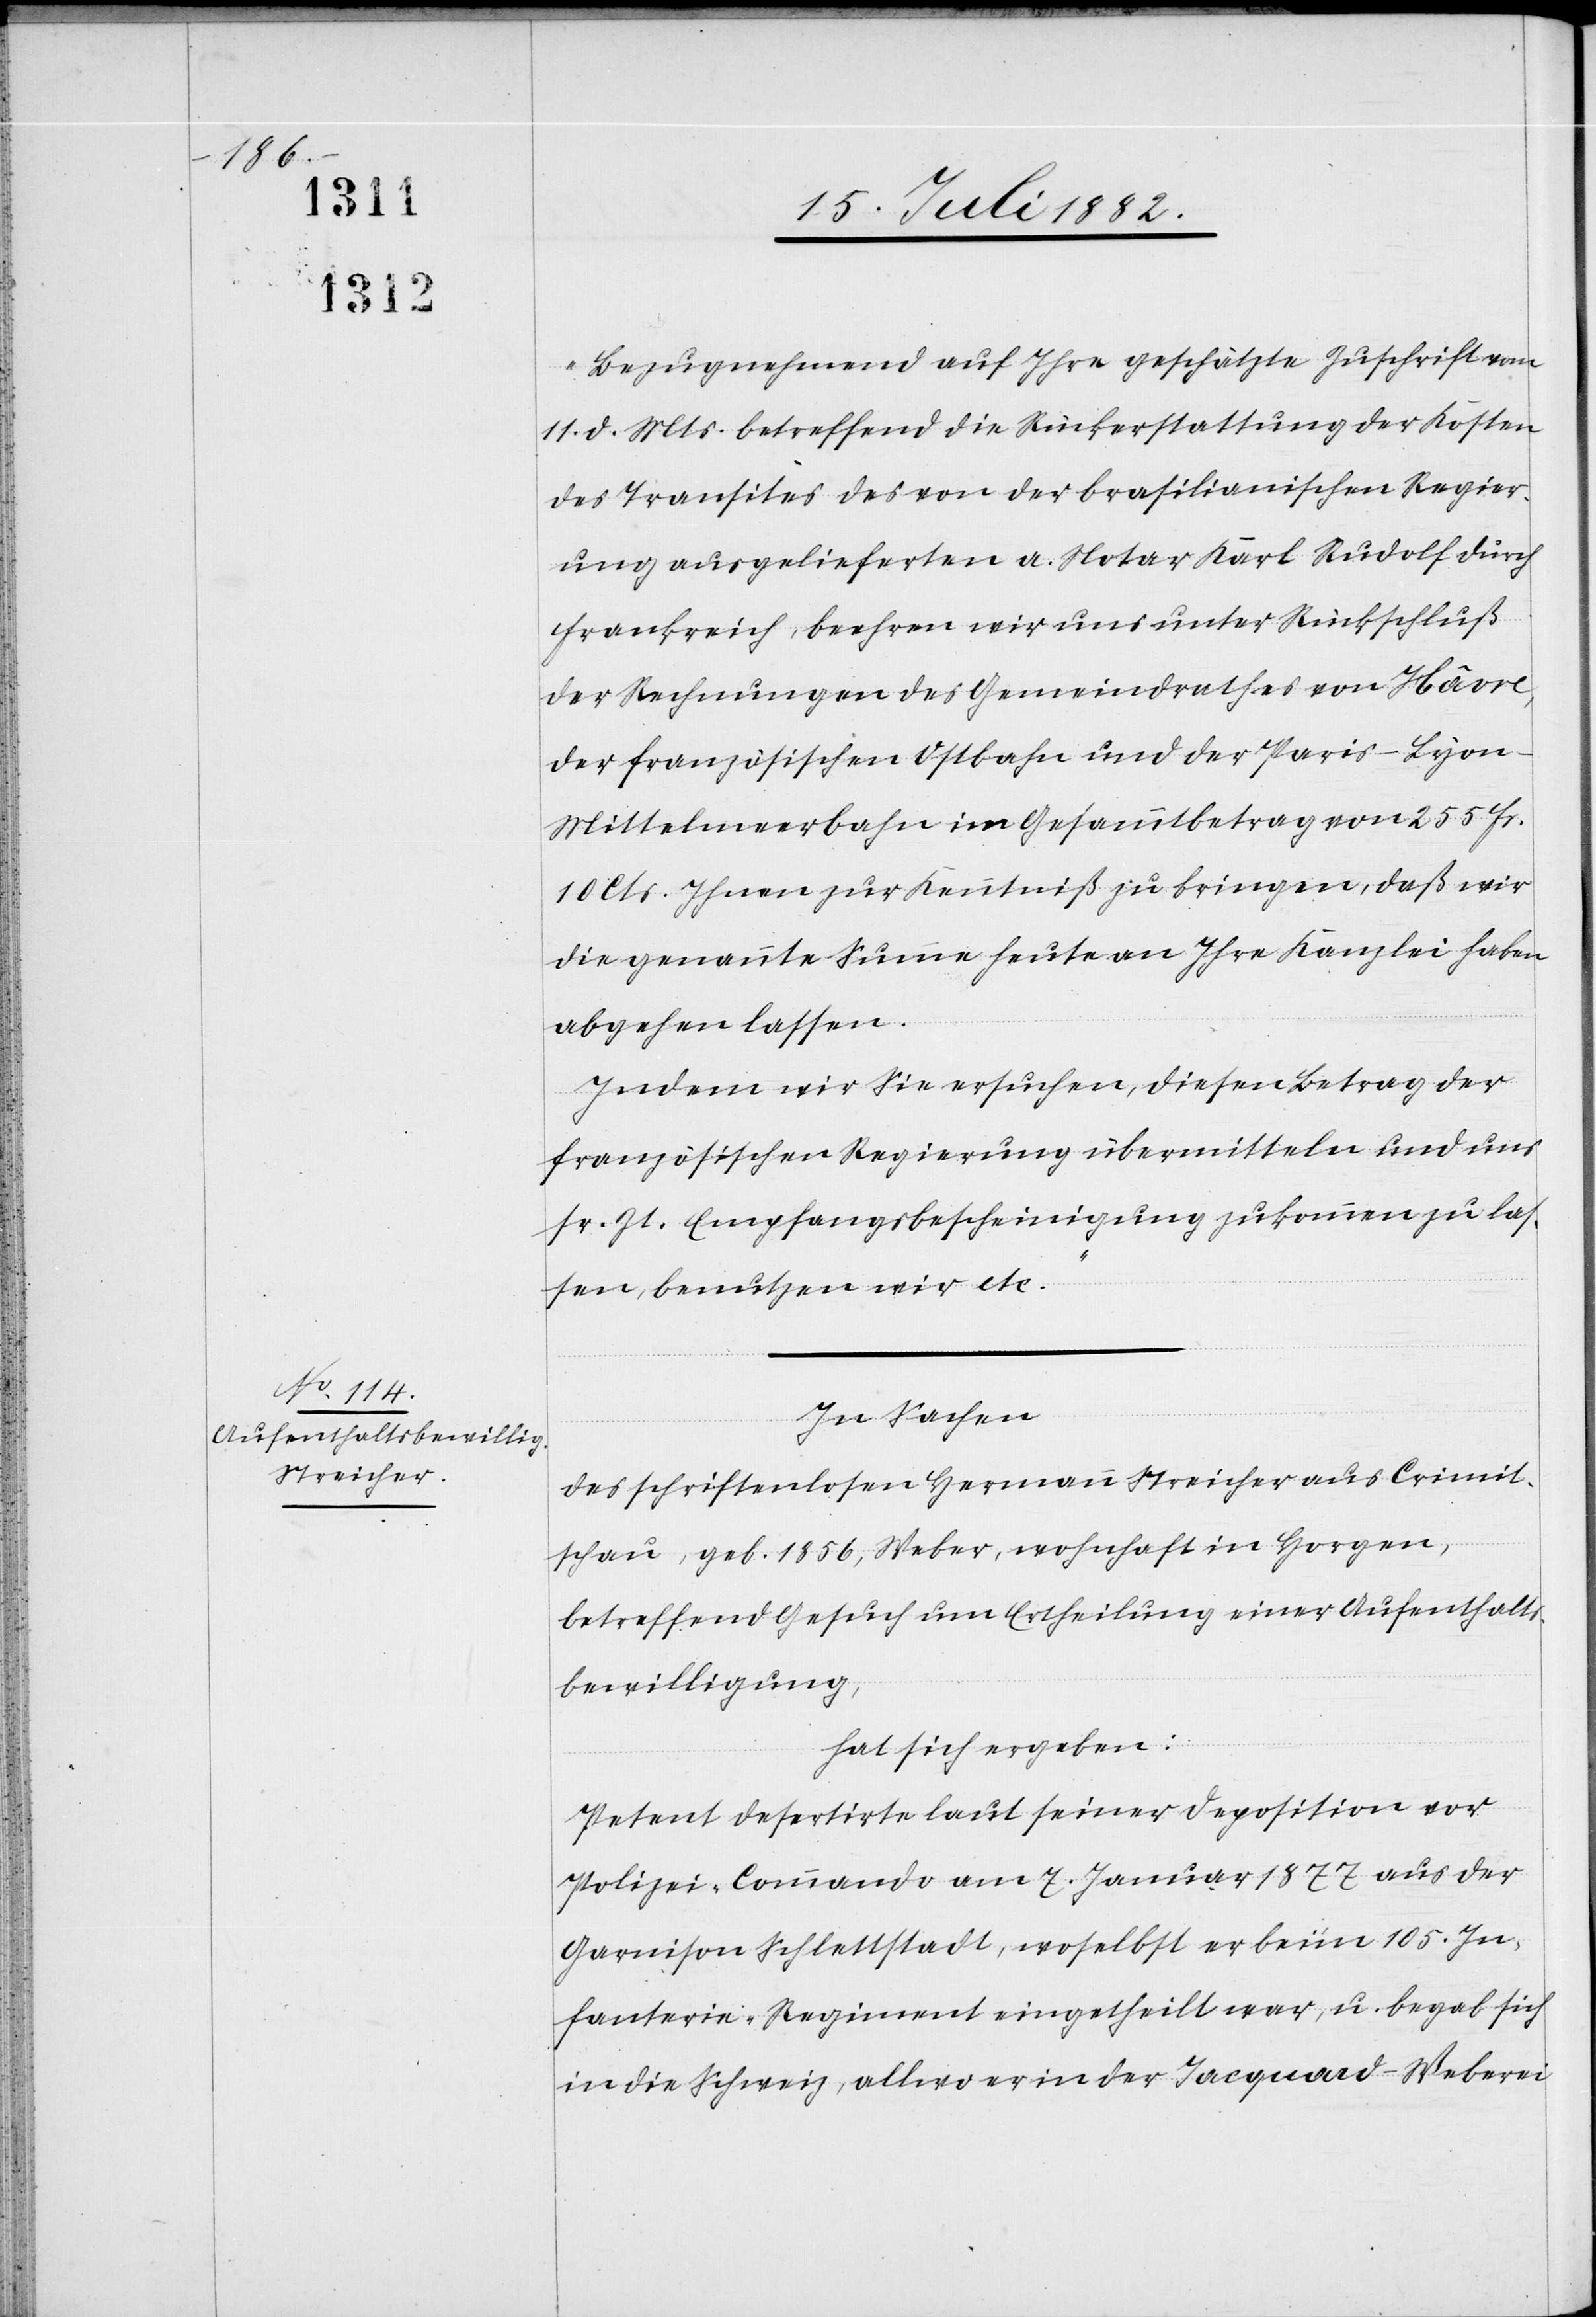
„Bezugnehmend auf Ihre geschätzte Zuschrift vom
11. d. Mts. betreffend die Rückerstattung der Kosten
des Transites des von der brasilianischen Regier¬
ung ausgelieferten a. Notar Karl Rudolf durch
Frankreich, beehren wir uns unter Rückschluß
der Rechnungen des Gemeindrathes von Hâvre,
der französischen Ostbahn und der Paris–Lyon–M¬
ittelmeerbahn im Gesammtbetrag von 255 Fr.
10 Cts. Ihnen zur Kenntniß zu bringen, daß wir
die genannte Summe heute an Ihre Kanzlei haben
abgehen lassen.
Indem wir Sie ersuchen, diesen Betrag der
französischen Regierung übermitteln und uns
sr. Zt. Empfangsbescheinigung zukommen zu las¬
sen, benutzen wir etc.“
In Sachen
des schriftenlosen Hermann Streicher aus Crimit¬
schau, geb. 1856, Weber, wohnhaft in Horgen,
betreffend Gesuch um Ertheilung einer Aufenthalts¬
bewilligung,
hat sich ergeben:
Petent desertirte laut seiner Deposition vor
Polizei-Commando am 7. Januar 1877 aus der
Garnison Schlettstadt, woselbst er beim 105. In¬
fanterie-Regiment eingetheilt war, u. begab sich
in die Schweiz, allwo er in der Jacquard-Weberei